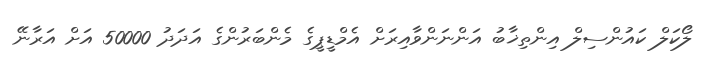
ލޯކަލް ކައުންސިލް އިންތިޚާބު އަންނަންވާއިރަށް އެމްޑީޕީގެ މެންބަރުންގެ އަދަދު 50000 އަށް އަރާނޭ